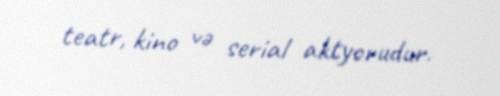
teatr, kino və serial aktyorudur.